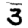
Digit: 3